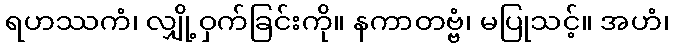
ရဟဿကံ၊ လျှို့ဝှက်ခြင်းကို။ နကာတဗ္ဗံ၊ မပြုသင့်။ အဟံ၊